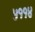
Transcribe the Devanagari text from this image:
५११४